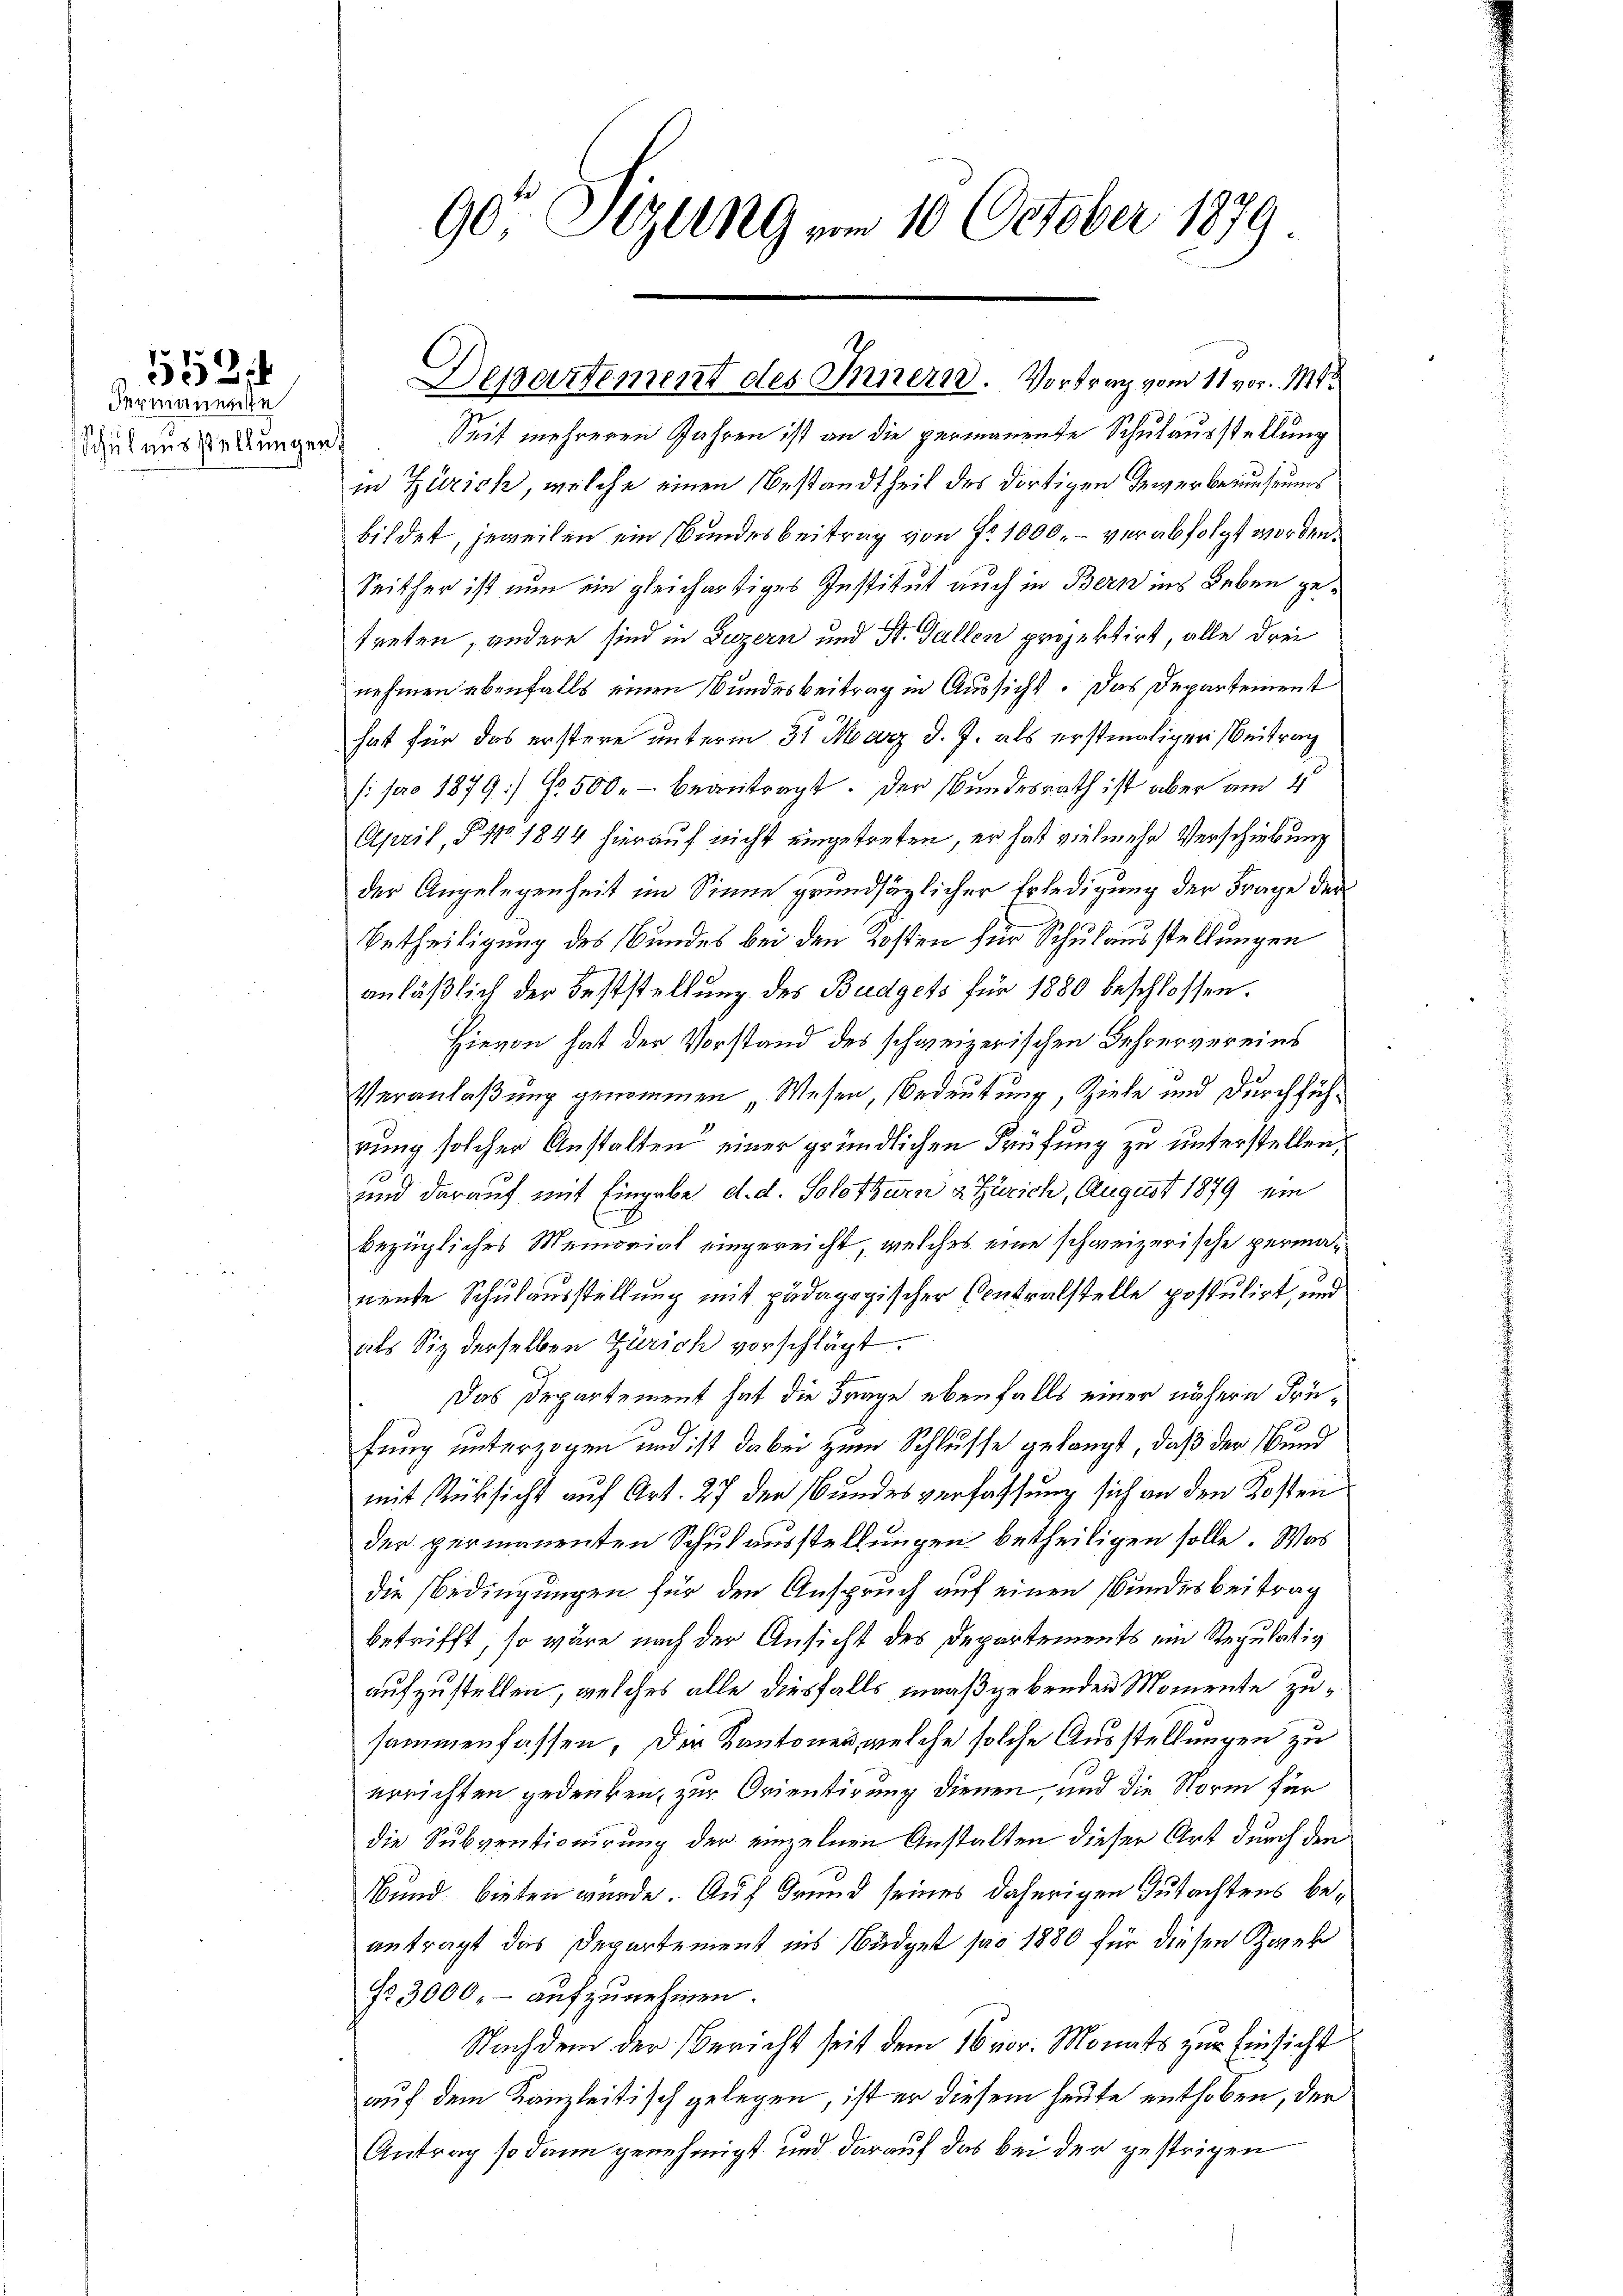
dermanenste

90 Sizung am 10. October 1879

dau aus deckungen. Seit mehreren Jahren ist an die permanente Schulausstellung
in Zürich, welche einen Bestandtheit des dortigen Gewerbemuseums
bildet, jeweilen ein Bundesbeitrag von Fr. 1000. – verabfolgt worden.
Seither ist nun ein gleichartiges Institut auch in Bern ins Leben getreten, andere sind in Luzern und St. Gallen projektirt, alle drei
nehmen ebenfalls einen Bundesbeitrag in Aussicht. Das Departement
hat für das erstere unterm 31. März d. J. als erstmaligen Beitrag
(: pro 1879] Fr. 500.- beantragt. Der Bundesrath ist aber am 4
April, § 110 1844 hierauf nicht eingetreten, er hat vielmehr Verschiebung
der Angelegenheit im Sinne grundsätzlicher Erledigung der Frage der
Betheiligung des Bundes bei den Kosten für Schulausstellungen
anläßlich der Feststellung des Budgets für 1880 beschlossen.
Hievon hat der Vorstand des schweizerischen Lehrervereins
de
Veranlaßung genommen „Wesen, Bedeutung, Ziele und Durchführung solcher Anstalten einer gründlichen Prüfung zu unterstellen,
und darauf mit Eingabe d. d. Solothurn a. Zürich, August 1879 ein
bezügliches Memorial eingereicht, welches eine schweizerische permaneute Schulausstellung mit pädagogischer Contralstelle postulirt, und
als Siz derselben Zürich vorschlägt.
Das Departement hat die Frage ebenfalls einer nähere Früfung unterzogen und ist dabei zum Schlusse gelangt, daß der Bund
mit Rücksicht auf Art. 27 der Bundesverfassung sich an den Kosten
der permanenten Schulausstellungen betheiligen solle. Was
die Bedingungen für den Anspruch auf einen Bundesbeitrag
betrifft, so wäre nach der Ansicht des Departements ein Regulativ
aufzustellen, welches alle diesfalls maaßgebenden Momente zusammenfassen. Der Kantonen, welche solche Ausstellungen zu
errichten gedenken, zur Orientirung dienen, und die Norm für
die Subventionirung der einzelnen Anstalten dieser Art durch den
Bund bieten wurde. Auf Grund seines daherigen Gutachtens beantragt das Departement ins Büdget pro 1880 für diesen Zwek
§ 3000.- aufzunehmen.
Nachdem der Bericht seit dem 16 vor. Monats zur Einsicht
auf dem Kanzleitisch gelegen, ist er diesem heute enthoben, der
Antrag so dann genehmigt und darauf das bei der gestrigen

Departement des Innern. Vortrag vom 11 vor. Mt